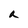
Character: a